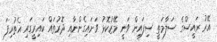
އޭރު ރައީސްގެ ސަލާމަތީ ސިފައިން ވަނީ މޭޒުކޮޅު ވަށައިގެންނާއި ދޮރުތައް ކައިރީގައި އެތުރިފަ